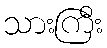
သားကြီး